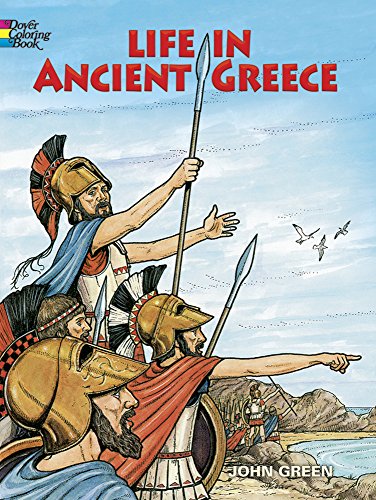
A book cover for Life in Ancient Greece Coloring Book (Dover History Coloring Book); John Green; Children's Books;